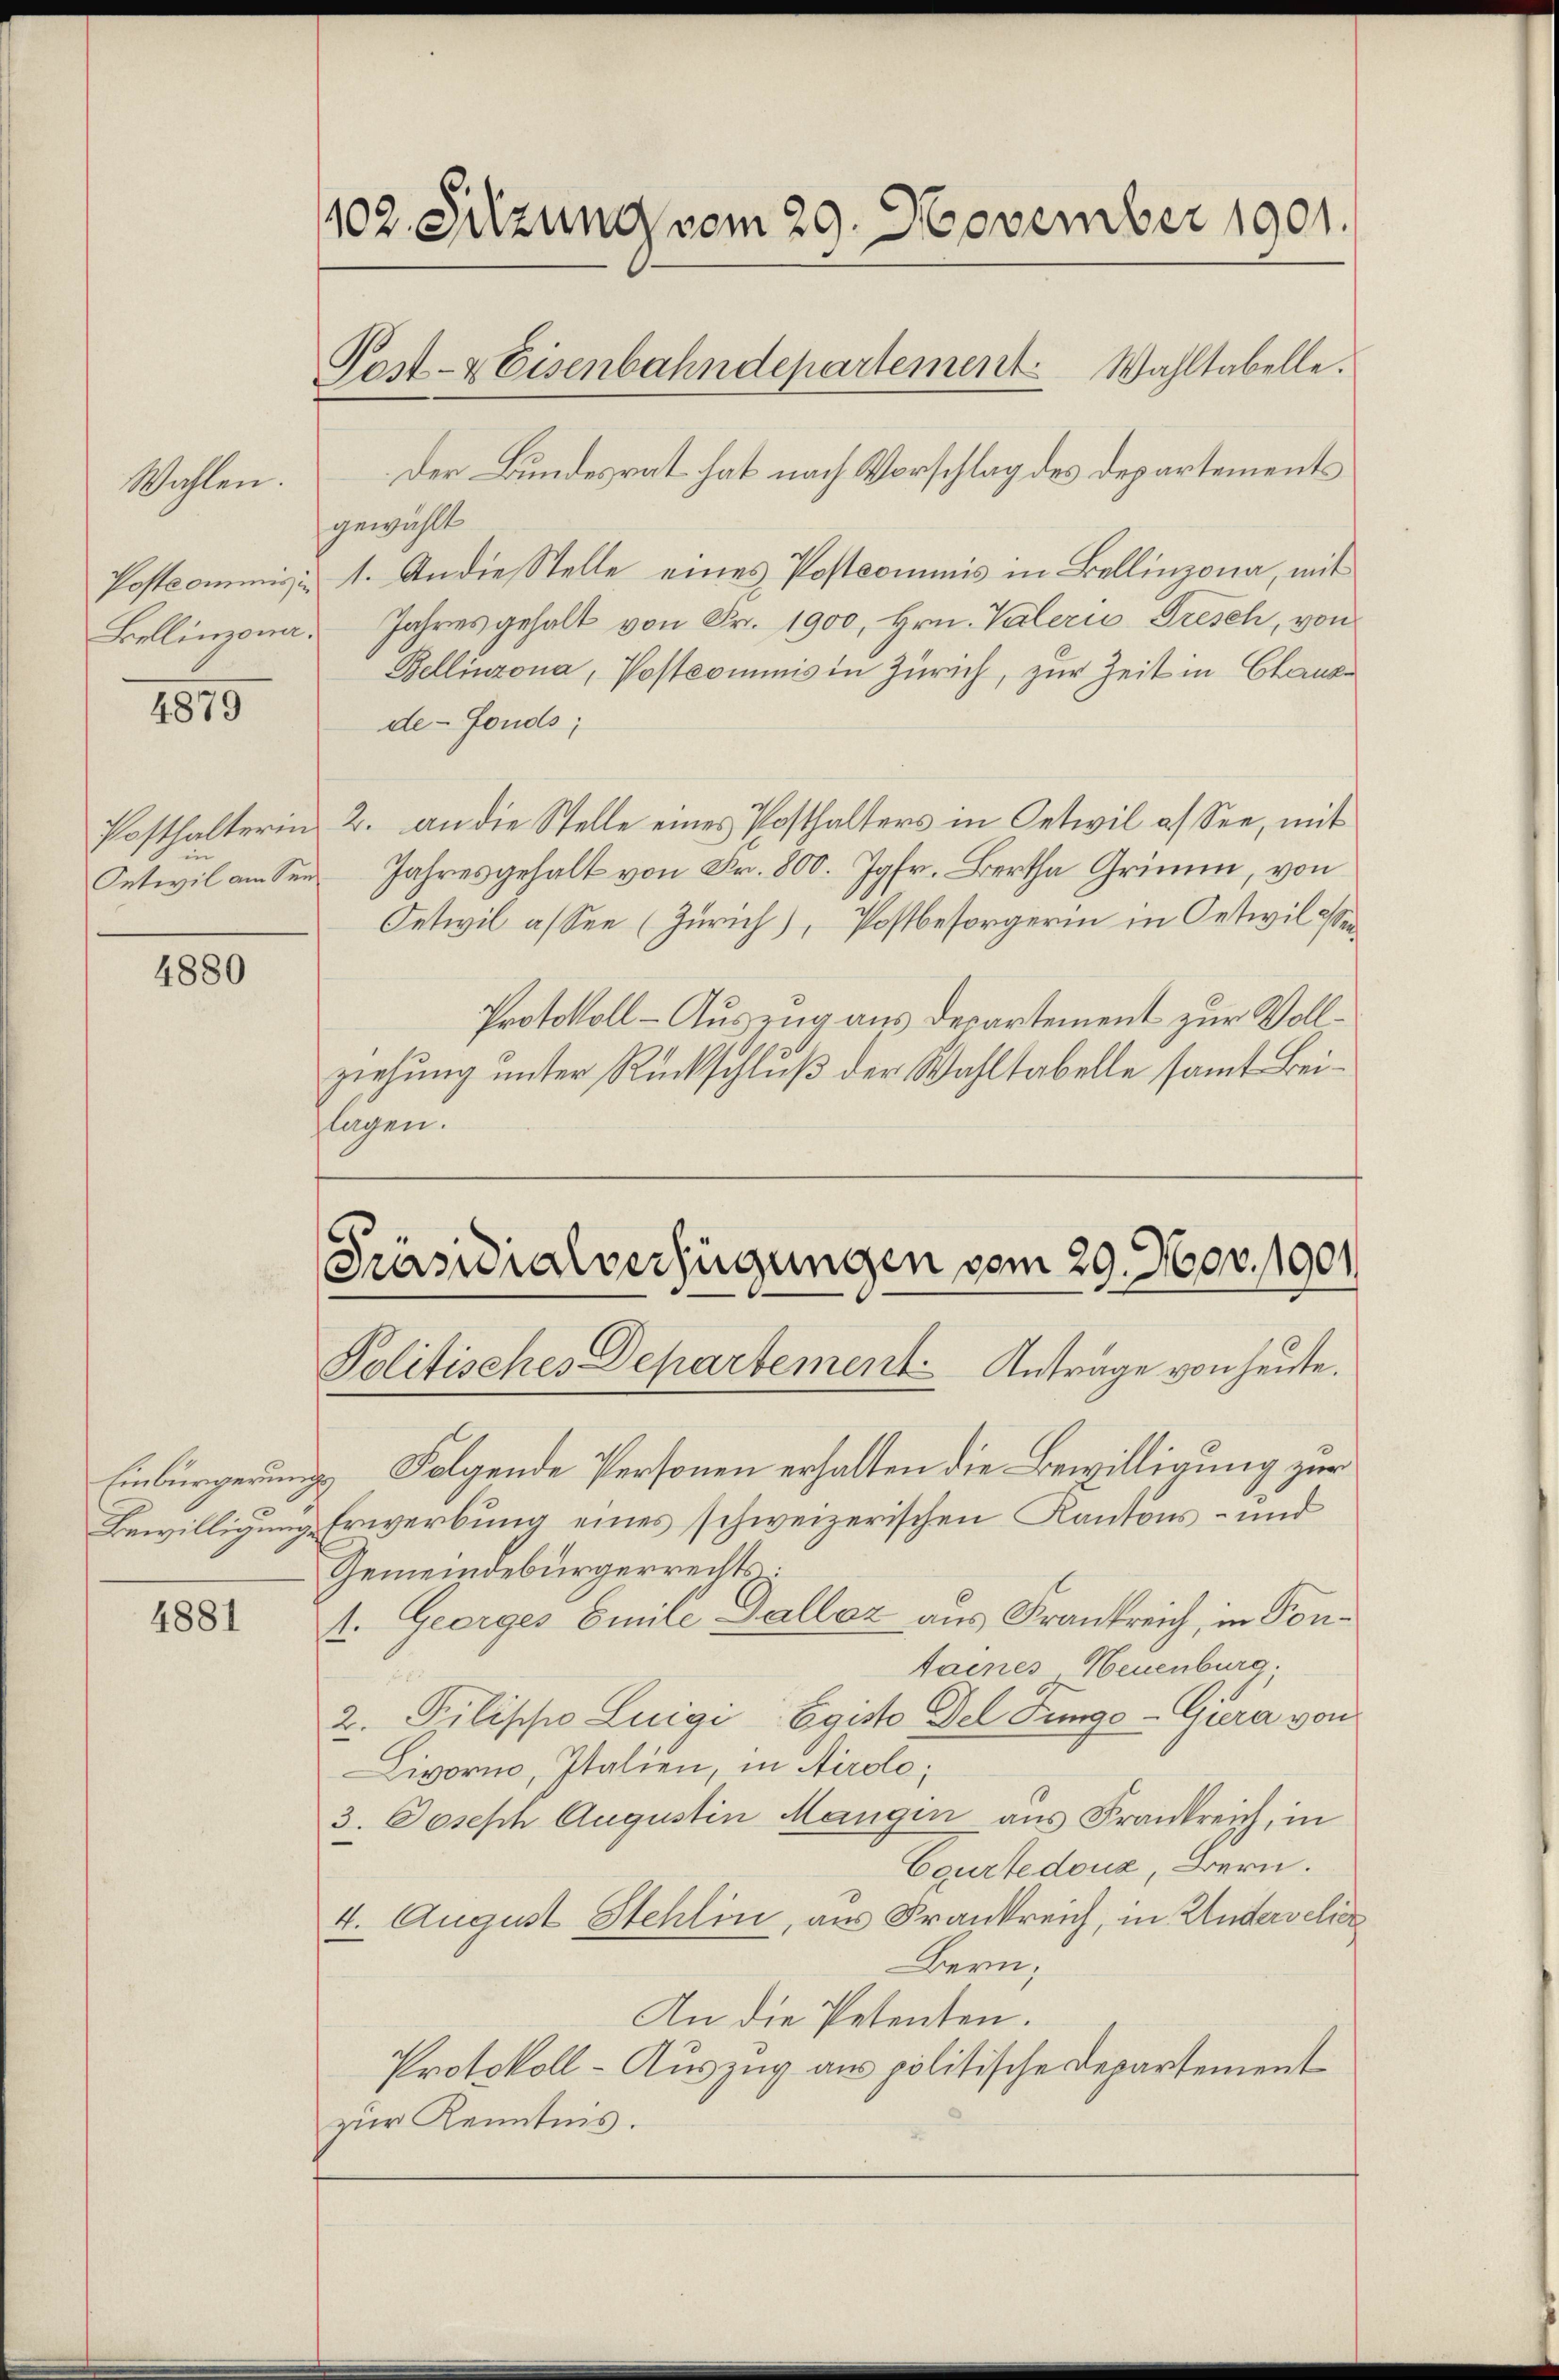
Postcommissi
Bellinzona.

Wahlen.

4879

un

4880

Einbürgerung
Bewilligung.

4881

102. Sitzung vom 29. November 1901.
Post- & Eisenbahndepartement. Wahltabelle.

Der Bundesrat hat nach Vorschlag des Departements
gewählt
1. An die Stelle eines Postcommis in Bellinzona, mit
Jahresgehalt von Fr. 1900, Hrn. Valerie Dresch, von
Bellinzona, Postcommis in Zürich, zur Zeit in Chause
de-Fonds;
Posthalterin 2. an die Stelle eines Posthalters in Oetwil a/See, mit
Onteil am Sen Jahresgehalt von Fr. 800. Jgfr. Bertha Grimm, von
Oetwil assen (Zürich), Postbesorgerin in Oetwil sei¬
Protokoll - Auszug aus derartement zur Vollziehung unter Rückschluß der Wahltabelle samt Beiflagen.

Präsidialverfügungen vom 29. Nov. 1901
Politisches Departement. Antrage von heute.

Folgende Personen erhalten die Bewilligung zur
Erwerbung eines schweizerischen Kantons- und
Gemeindebürgerrechts
1. Georges Emile Gallez aus Frankreich, in Kontaines, Neuenburg.
.
2. Pilischo Luigi Egiste Del Tungo-Gura von
Livorno, Italien, in Airolo,
3. Joseph Augustin Mangen aus Frankreich, in
Egurte douz, Bern.
4. August Stehlin, aus Frankreich, in Untervelie
Bern;
An die Petenten.
Protokoll - Auszug aus politische Departement
zur Kenntnis.